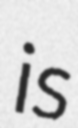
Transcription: is